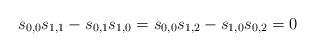
LaTeX: \begin{align*}s_{0,0} s_{1,1} - s_{0,1} s_{1,0} = s_{0,0} s_{1,2} - s_{1,0} s_{0,2} = 0\end{align*}